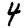
Digit: 4